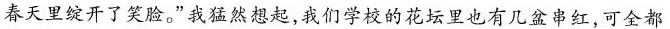
春天里绽开了笑脸。”我猛然想起，我们学校的花坛里也有几盆串红，可全都